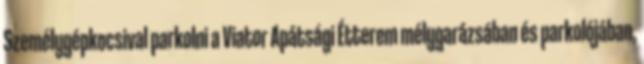
Személygépkocsival parkolni a Viator Apátsági Étterem mélygarázsában és parkolójában,